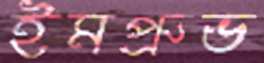
ইমপ্রুভ